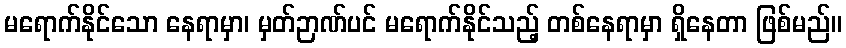
မရောက်နိုင်သော နေရာမှာ၊ မှတ်ဉာဏ်ပင် မရောက်နိုင်သည့် တစ်နေရာမှာ ရှိနေတာ ဖြစ်မည်။